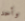
وأحد